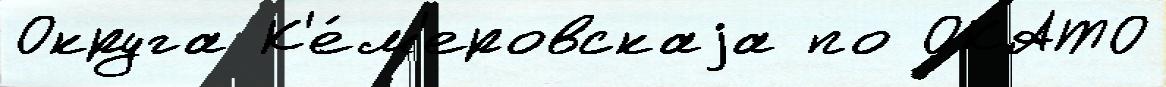
Округа К'е́м'еровскаjа по ОКАТО